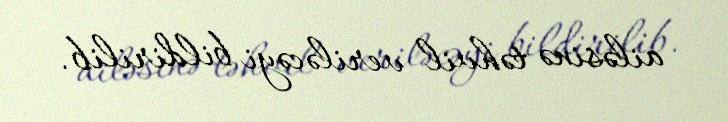
ailəsinə təhvil veriləcəyi bildirilib.